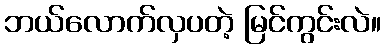
ဘယ်လောက်လှပတဲ့ မြင်ကွင်းလဲ။